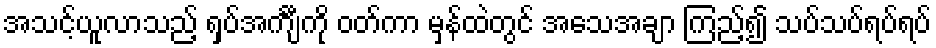
အသင့်ယူလာသည့် ရှပ်အင်္ကျီကို ဝတ်ကာ မှန်ထဲတွင် အသေအချာ ကြည့်၍ သပ်သပ်ရပ်ရပ်